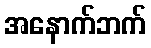
အနောက်ဘက်